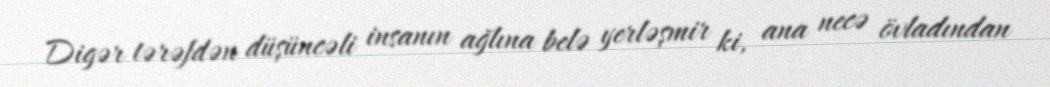
Digər tərəfdən düşüncəli insanın ağlına belə yerləşmir ki, ana necə övladından